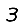
Digit: 3